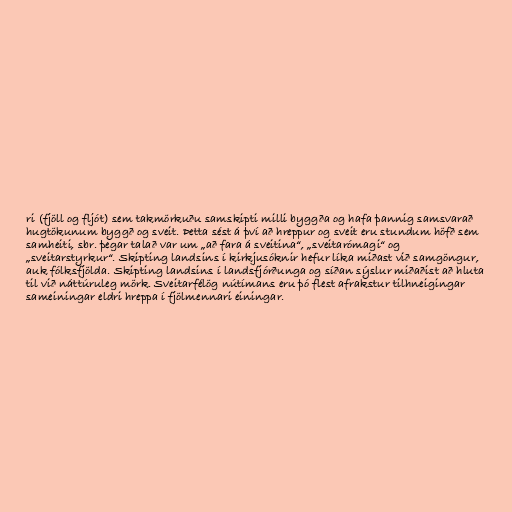
ri (fjöll og fljót) sem takmörkuðu samskipti milli byggða og hafa þannig samsvarað
hugtökunum byggð og sveit. Þetta sést á því að hreppur og sveit eru stundum höfð sem
samheiti, sbr. þegar talað var um „að fara á sveitina“, „sveitarómagi“ og
„sveitarstyrkur“. Skipting landsins í kirkjusóknir hefur líka miðast við samgöngur,
auk fólksfjölda. Skipting landsins í landsfjórðunga og síðan sýslur miðaðist að hluta
til við náttúruleg mörk. Sveitarfélög nútímans eru þó flest afrakstur tilhneigingar
sameiningar eldri hreppa í fjölmennari einingar.